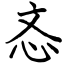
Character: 忞